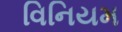
વિનિયમ